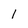
Character: 1